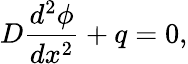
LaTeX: D\frac{d^{2}\phi}{dx^{2}}+q=0,